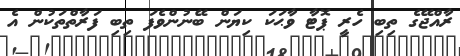
ރާއްޖޭގެ ތިބި ހެރީ ޕޮޓާ ވާޙަކަ ކިޔަން ބޭނުންވެފަ ތިބި ފަރާތްތަކުން އެ